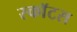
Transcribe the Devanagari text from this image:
स्काॅटस